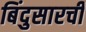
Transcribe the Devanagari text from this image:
बिंदुसारची